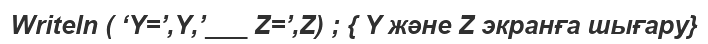
Writeln ( ‘Y=’,Y,’___ Z=’,Z) ; { Y және Z экранға шығару}